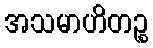
အသမာဟိတဉ္စ